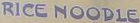
RICE NOODLE